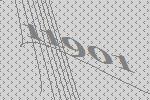
11901